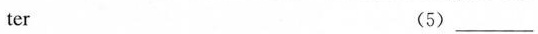
ter (5)__